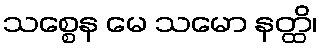
သစ္စေန မေ သမော နတ္ထိ၊